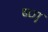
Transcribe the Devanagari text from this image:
ष्ण